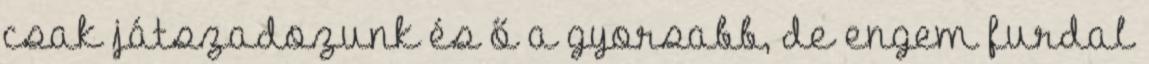
csak játszadozunk és ő a gyorsabb, de engem furdal